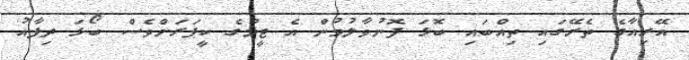
އޭރިއާގެ ތެރޭގައި ތިއްބައި ބޮޅަ ފޮނުވާލުމުން އެ ޓީމުގެ ކީޕަރަށްވެސް ބޯޅަ ދިފާއު